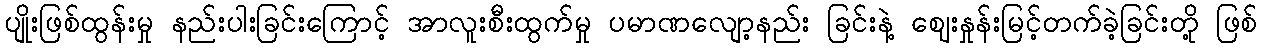
ပျိုးဖြစ်ထွန်းမှု နည်းပါးခြင်းကြောင့် အာလူးစီးထွက်မှု ပမာဏလျော့နည်း ခြင်းနဲ့ ဈေးနှုန်းမြင့်တက်ခဲ့ခြင်းတို့ ဖြစ်